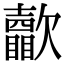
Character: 𣤺